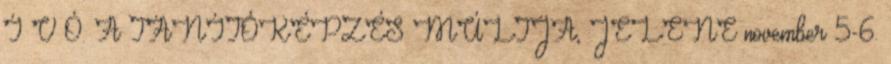
Í V Ó. A TANÍTÓKÉPZÉS MÚLTJA, JELENE november 5-6.